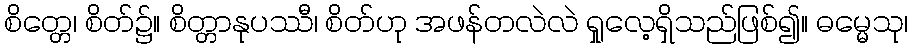
စိတ္တေ၊ စိတ်၌။ စိတ္တာနုပဿီ၊ စိတ်ဟု အဖန်တလဲလဲ ရှုလေ့ရှိသည်ဖြစ်၍။ ဓမ္မေသု၊